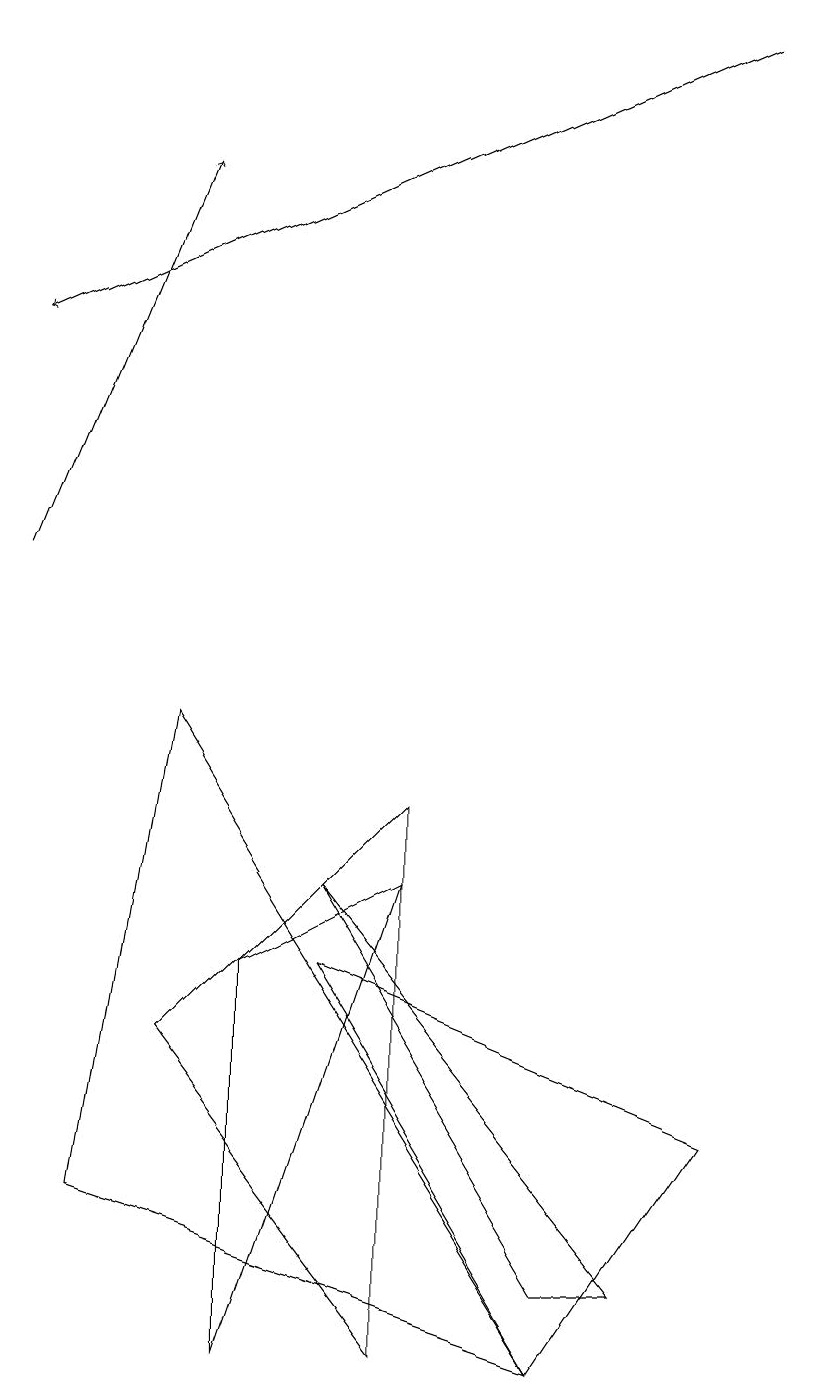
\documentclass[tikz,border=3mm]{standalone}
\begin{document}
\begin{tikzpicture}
\draw (4,6) -- (8,1) -- (7,1) -- cycle;
\draw (2,8) -- (7,0) -- (1,2) -- cycle;
\draw[->] (9,17) -- (0,13);
\draw (4,5) -- (7,0) -- (9,3) -- cycle;
\draw (5,0) -- (2,4) -- (5,7) -- cycle;
\draw[->] (0,10) -- (2,15);
\draw (5,6) -- (3,0) -- (3,5) -- cycle;
\draw (10,11) circle (0);
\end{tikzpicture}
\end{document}